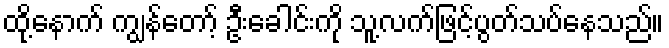
ထို့နောက် ကျွန်တော့် ဦးခေါင်းကို သူ့လက်ဖြင့်ပွတ်သပ်နေသည်။